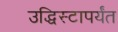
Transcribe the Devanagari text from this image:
उद्धिस्टापर्यंत